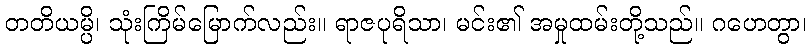
တတိယမ္ပိ၊ သုံးကြိမ်မြောက်လည်း။ ရာဇပုရိသာ၊ မင်း၏ အမှုထမ်းတို့သည်။ ဂဟေတွာ၊